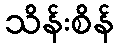
သိန်းစိန်